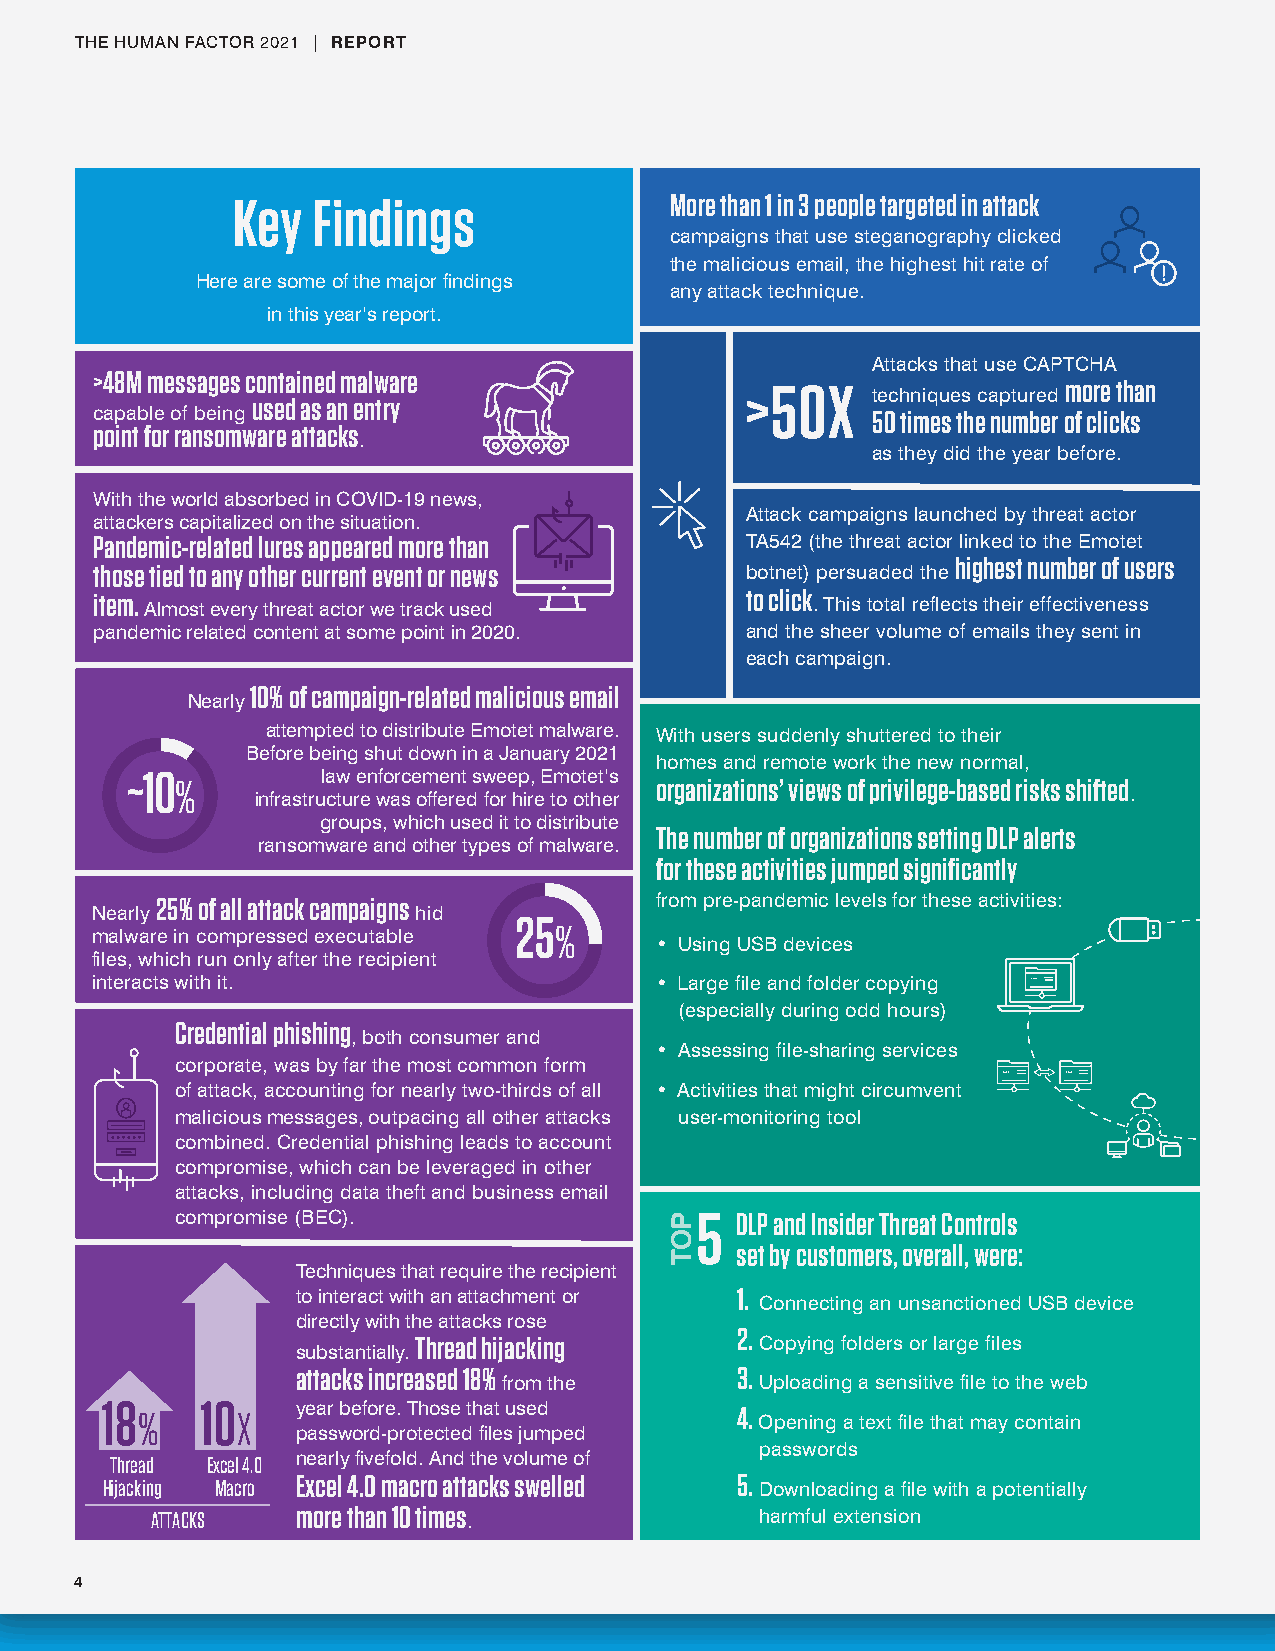
THE HUMAN FACTOR 2021 | REPORT
 Key  Findings
 Key   Findings               More than 1 in 3 people targeted in attack
 campaigns that use steganography clicked
 the malicious email, the highest hit rate of
 Here are some of the major findings
 any attack technique.
 in this year’s report.
 Attacks that use CAPTCHA
 >48M messages contained malware
 >50X                  more than
 techniques captured
 used as an entry
 capable of being                                    50 times the number of clicks
 point for ransomware attacks
 .
 as they did the year before.
 With the world absorbed in COVID-19 news,
 Attack campaigns launched by threat actor
 attackers capitalized on the situation.
 Pandemic-related lures appeared more than  TA542 (the threat actor linked to the Emotet
 highest number of users
 those tied to any other current event or news botnet) persuaded the
 item. Almost every threat actor we track used to click . This total reflects their effectiveness
 pandemic related content at some point in 2020. and the sheer volume of emails they sent in
 each campaign.
 10% of campaign-related malicious email
 Nearly
 attempted to distribute Emotet malware. With users suddenly shuttered to their
 Before being shut down in a January 2021
 homes and remote work the new normal,
 ~10          law enforcement sweep, Emotet’s
 %                              organizations’ views of privilege-based risks shifted
 infrastructure was offered for hire to other              .
 groups, which used it to distribute
 The number of organizations setting DLP alerts
 ransomware and other types of malware.
 for these activities jumped significantly
 25% of all attack campaigns      from pre-pandemic levels for these activities:
 Nearly               hid
 25
 %
 malware in compressed executable
 • Using USB devices
 files, which run only after the recipient
 interacts with it.                   • Large file and folder copying
 (especially during odd hours)
 Credential phishing
 , both consumer and
 • Assessing file-sharing services
 corporate, was by far the most common form
 of attack, accounting for nearly two-thirds of all • Activities that might circumvent
 malicious messages, outpacing all other attacks user-monitoring tool
 combined. Credential phishing leads to account
 compromise, which can be leveraged in other
 attacks, including data theft and business email
 compromise (BEC).                    DLP and Insider Threat Controls
 set by customers, overall, were:
 Techniques that require the recipient
 to interact with an attachment or 1.
 Connecting an unsanctioned USB device
 directly with the attacks rose
 2.
 Thread hijacking       Copying folders or large files
 substantially.
 attacks increased 18%        3.
 from the         Uploading a sensitive file to the web
 18 %  10 X   year before. Those that used 4. Opening a text file that may contain
 password-protected files jumped
 passwords
 Thread Excel 4.0 nearly fivefold. And the volume of
 Hijacking Macro Excel 4.0 macro attacks swelled 5. Downloading a file with a potentially
 ATTACKS   more than 10 times .          harmful extension
 4